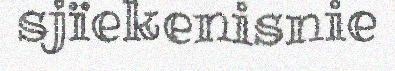
sjïekenisnie